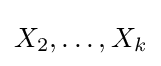
X_{2},\ldots ,X_{k}